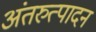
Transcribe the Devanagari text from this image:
अंतरुत्पादन